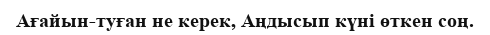
Ағайын-туған не керек, Аңдысып күні өткен соң.